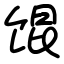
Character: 馄